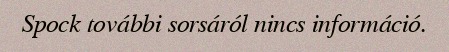
Spock további sorsáról nincs információ.